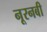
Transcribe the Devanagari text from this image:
नूरनबी